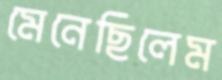
মেনেছিলেম